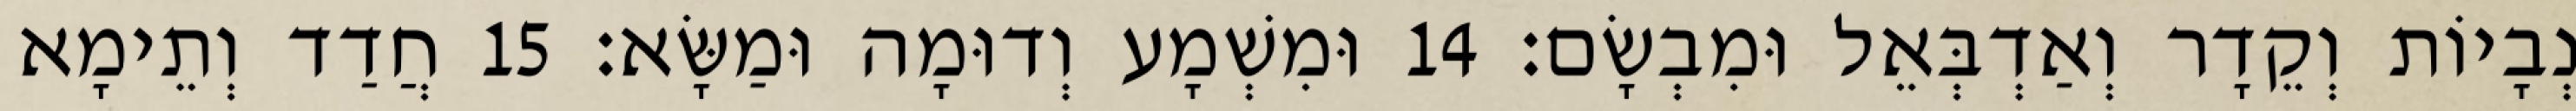
נְבָיוֹת וְקֵדָר וְאַדְבְּאֵל וּמִבְשָׂם׃ 14 וּמִשְׁמָע וְדוּמָה וּמַשָּׂא׃ 15 חֲדַד וְתֵימָא